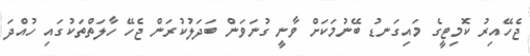
ޖެހޭއިރު ކޮމިޓީގެ މައިގަނޑު ބޭނުމަކަށް ވާނީ ގުނަވަން ބަދަލުކުރަން ޖެހޭ ހާލަތްތަކުގައި ހުއްދަ